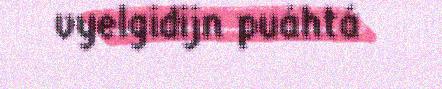
vyelgidijn puáhtá